Lunatic asylums Madras 1877-1891 - 1877-1891
Year: 1877
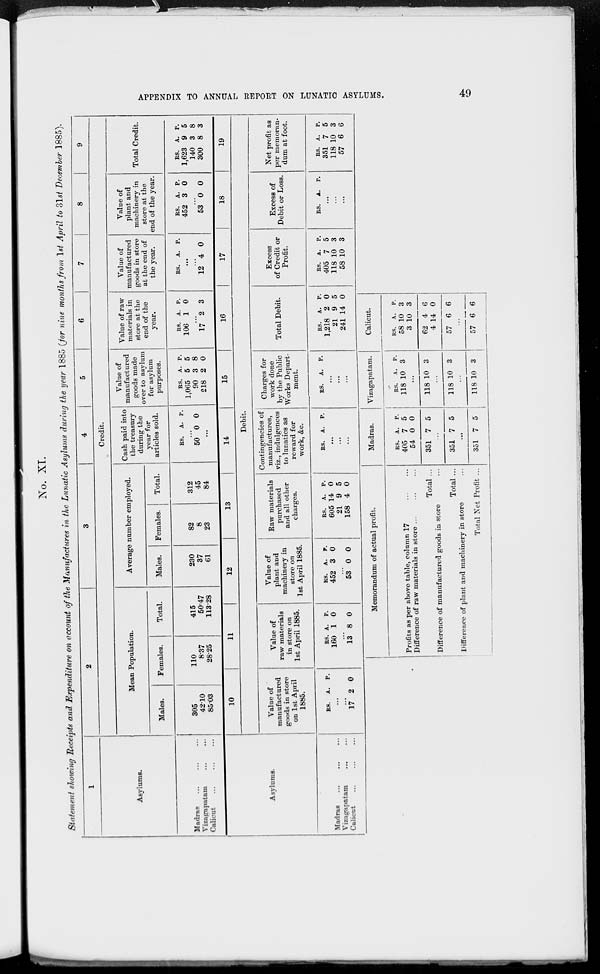
APPENDIX TO ANNUAL REPORT ON LUNATIC ASYLUMS.
49
No. XI.
Statement showing Receipts and Expenditure on account of the Manufactures in the Lunatic Asylums during the year 1885 (for nine months from 1st April to 31st December 1885).
1
Asylums.
Madras
... ... ...
Vizagapatam
...
...
Calicut
...
...
...
2
3
4
5
6
7
8
9
Credit.
Mean Population.
Males.
305
42.10
85.03
Females.
110
8.37
28.25
Total.
415
50.47
113 28
Average number employed.
Males.
230
37
61
Females.
82
8
23
Total.
312
45
84
Cash paid into
the treasury
during the
year for
articles sold.
RS.
A. P.
...
50 0 0
...
Value of
manufactured
goods made
over to asylum
for asylum
purposes.
RS.
1,065
90
218
A.
5
3
2
P.
5
8
0
Value of raw
materials in
store at the
end of the
year.
RS.
106
A.
1
P.
0
...
17 2 3
Value of
manufactured
goods in store
at the end of
the year.
RS.
A. P.
...
...
12 4 0
Value of
plant and
machinery in
store at the
end of the year.
RS.
452
A.
3
P.
0
...
53 0 0
Total Credit.
RS.
1,623
140
300
A.
9
3
8
P.
5
8
3
Asylums.
Madras ... ... ...
Vizagapatam
...
...
Calicut
...
...
...
10
11
12
13
14
15
16
17
18
19
Debit.
Value of
manufactured
goods in store
on 1st April
1885.
RS.
A. P.
...
...
17 2 0
Value of
raw materials
in store on
1st April 1885.
RS.
160
A.
1
P.
0
...
13 8 0
Value of
plant and
machinery in
store on
1st April 1885.
RS.
452
A.
3
P.
0
...
53 0 0
Raw materials
purchased
and all other
charges.
RS.
605
21
158
A.
14
9
4
P.
0
5
0
Contingencies of
manufactures,
viz., indulgences
to lunatics as
reward for
work, &c.
RS.
A. P.
...
...
...
Charges for
work done
by the Public
Works Depart-
ment.
RS.
A. P.
...
...
...
Total Debit.
RS.
1,218
21
241
A.
2
9
14
P.
0
5
0
Excess
of Credit or
Profit.
RS.
405
118
58
A.
7
10
10
P.
5
3
3
Excess of
Debit or Loss.
RS.
A. P.
...
...
...
Net profit as
per memoran-
dum at foot.
RS.
351
118
57
A.
7
10
6
P.
5
3
6
Memorandum of actual profit.
Profits as per above table, column 17
...
...
Difference of raw materials in store ... ... ...
Total ...
Difference of manufactured goods in store ...
Total ...
Difference of plant and machinery in store ...
Total Net Profit ...
Madras.
RS.
405
54
351
A.
7
0
7
P.
5
0
5
...
351 7 5
...
351 7 5
Vizagapatam.
RS.
118
A.
10
P.
3
...
118 10 3
...
118 10 3
...
118 10 3
Calicut.
RS.
58
3
62
4
57
A.
10
10
4
14
6
P.
3
3
6
0
6
...
57 6 6